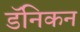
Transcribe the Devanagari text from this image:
डॅनिकन